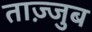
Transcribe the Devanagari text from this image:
ताज़्जुब